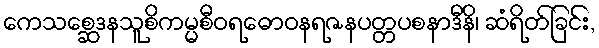
ကေသစ္ဆေဒနသူစိကမ္မစီဝရဓောဝနရဇနပတ္တပစနာဒီနိ၊ ဆံရိတ်ခြင်း,